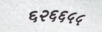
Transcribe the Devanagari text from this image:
६२६६५५